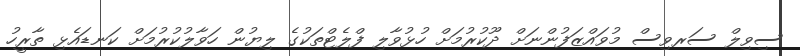
ސިވިލް ސަރވިސް މުވައްޒަފުންނަށް ދޫކުރުމަށް ހުޅުވާލި ފްލެޓްތަކުގެ ލިޔުން ހަވާލުކުރުމަށް ކަނޑައެޅި ތާރީހު